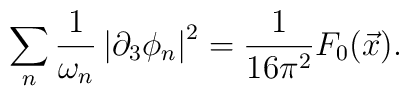
\sum_{n}\frac{1}{\omega _{n}}\left| \partial _{3}\phi _{n}\right| ^{2}=\frac{1}{16\pi ^{2}}F_{0}(\vec{x}).